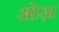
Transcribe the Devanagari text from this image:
ओड़ा